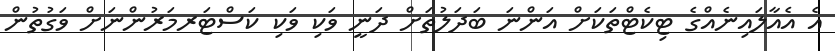
އެ އެއާލައިނެއްގެ ޓިކެޓްތަކަށް އަންނަ ބަދަލުތަށް ދަނީ ވަކި ވަކި ކަސްޓަރމަަރުންނަށް ވަގުތުން